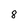
Character: 8